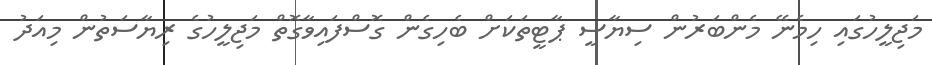
މަޖިލީހުގައި ހިމެނޭ މެންބަރުން ސިޔާސީ ޕާޓީތަކަށް ބެހިގެން ގޮސްފައިވާގޮތް މަޖިލީހުގެ ރިޔާސަތުން މިއަދު